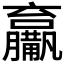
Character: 𤰑